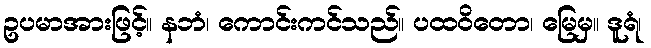
ဥပမာအားဖြင့်။ နဘံ၊ ကောင်းကင်သည်။ ပထဝိတော၊ မြေမှ။ ဒူရံ၊